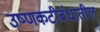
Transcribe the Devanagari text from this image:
उष्णकटीबंधातील